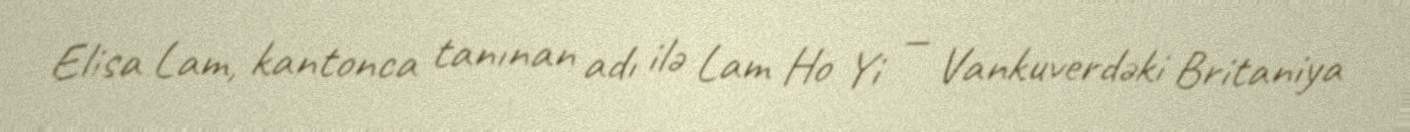
Elisa Lam, kantonca tanınan adı ilə Lam Ho Yi — Vankuverdəki Britaniya